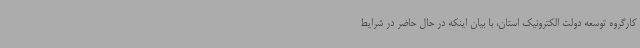
کارگروه توسعه دولت الکترونیک استان، با بیان اینکه در حال حاضر در شرایط